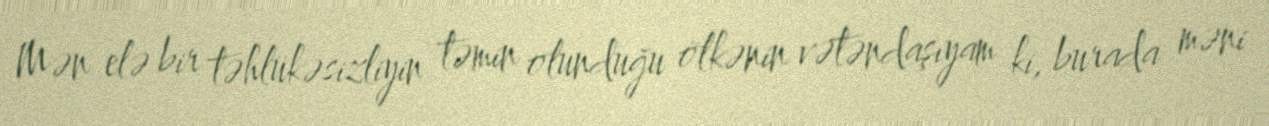
Mən elə bir təhlükəsizliyin təmin olunduğu ölkənin vətəndaşıyam ki, burada məni